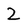
Character: 2